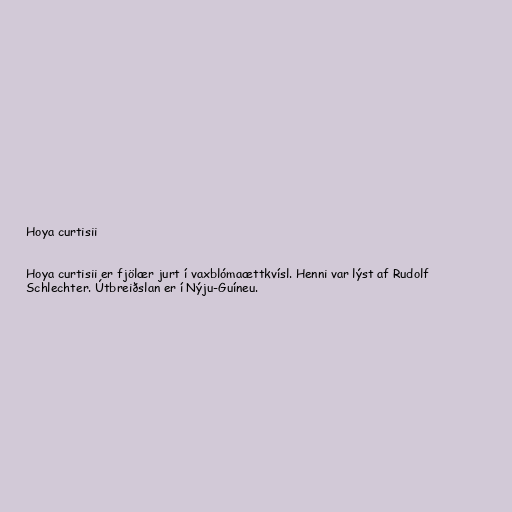
Hoya curtisii

Hoya curtisii er fjölær jurt í vaxblómaættkvísl. Henni var lýst af Rudolf
Schlechter. Útbreiðslan er í Nýju-Guíneu.